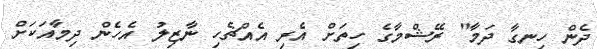
ދެން ހިނގާ ދަމާ" ރޭޝްމާގެ ހިތަށް އެރި އެއްޗެހި ނާޒިލު އެހެން ދިމާއަކަށް